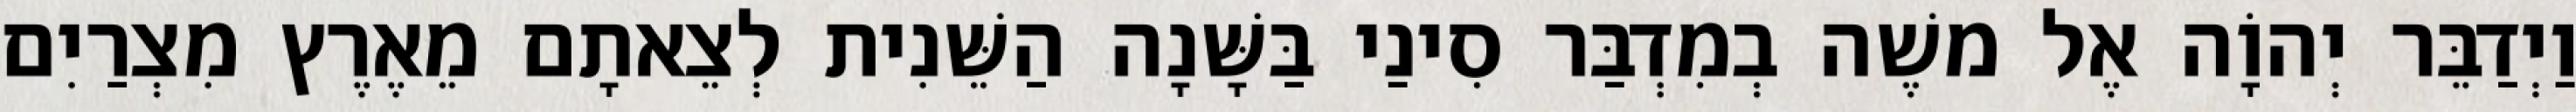
וַיְדַבֵּר יְהוָֹה אֶל משֶׁה בְמִדְבַּר סִינַי בַּשָּׁנָה הַשֵּׁנִית לְצֵאתָם מֵאֶרֶץ מִצְרַיִם